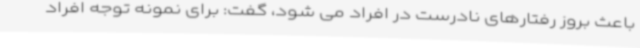
باعث بروز رفتارهای نادرست در افراد می شود، گفت: برای نمونه توجه افراد